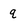
Character: q